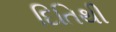
દિતિથી